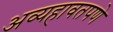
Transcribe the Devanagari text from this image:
अव्यहावतपणे